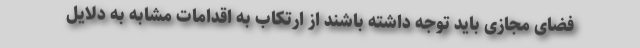
فضای مجازی باید توجه داشته باشند از ارتکاب به اقدامات مشابه به دلایل